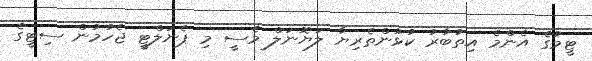
ޓީމުގެ އެންމެ އިތުބާރު ކުޅުންތެރިޔާ ލަޔޮނަލް މެސީ މި ޕެނަލްޓީ ޖެހުމުން ސިޓީގެ